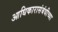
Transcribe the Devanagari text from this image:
आधिकारासंबंधीच्या